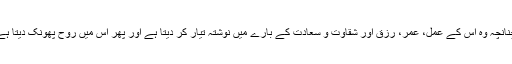
چنانچہ وہ اس کے عمل، عمر، رزق اور شقاوت و سعادت کے بارے میں نوشتہ تیار کر دیتا ہے اور پھر اس میں روح پھونک دیتا ہے۔